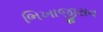
ભિખાજીરાવ